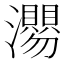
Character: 𭳴